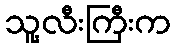
သူ့လီးကြီးက